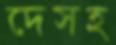
দেসহ